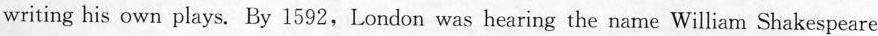
writing his own plays. By 1592,London was hearing the name William Shakespeare